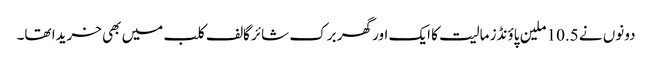
دونوں نے 10.5 ملین پاؤنڈز مالیت کا ایک اور گھر برک شائر گالف کلب میں بھی خریدا تھا۔